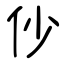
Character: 仯